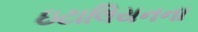
ઇટાલિયનના